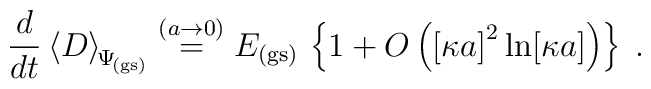
\frac{d}{dt}\left\langle D\right\rangle_{\scriptstyle \!  \Psi_{\rm \! {\scriptscriptstyle (gs)}}  } \stackrel{(a \rightarrow 0)}{=}E_{{\rm (gs)}} \,\left\{1 + O\left( \left[ \kappa a \right]^{2}\ln  [ \kappa a ] \right) \right\} \;  .